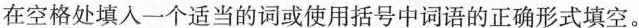
在空格处填入一个适当的词或使用括号中词语的正确形式填空.。